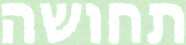
תחושה